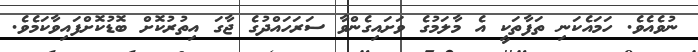
ނުވެއެވެ. ހަމައެކަނި ތަފާތަކީ އެ މާލަމުގެ ވަށައިގެންވާ ސަރަހައްދުގެ ޖާގަ އިތުރުކޮށް ބޮޑުކޮށްފައިވާކަމެވެ.